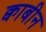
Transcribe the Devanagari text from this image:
क्वाबीन